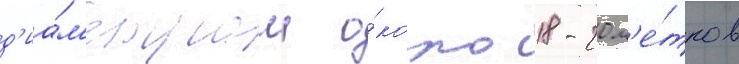
д'иа́м'етром о́коло 18-20 м'е́тров